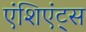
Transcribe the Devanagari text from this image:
एंशिएंट्स